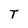
Character: T